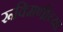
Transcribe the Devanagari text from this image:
रूक्मिणीच्या